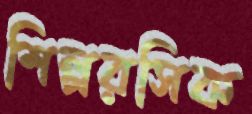
শিল্পরসিক